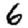
Digit: 6